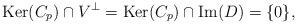
LaTeX: \begin{align*}\hbox{Ker}(C_p)\cap V^\perp = \hbox{Ker}(C_p)\cap \hbox{Im}(D)=\{0\},\end{align*}